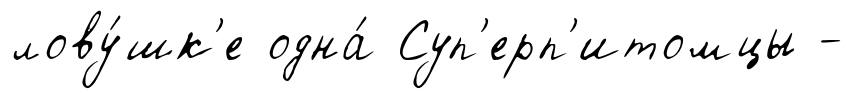
лову́шк'е одна́ Суп'ерп'итомцы -